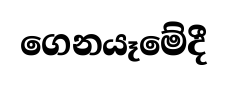
ගෙනයෑමේදී